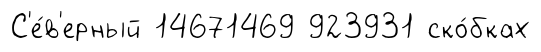
С'е́в'ерный 14671469 923931 ско́бках